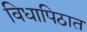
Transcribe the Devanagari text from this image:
विधापिठात